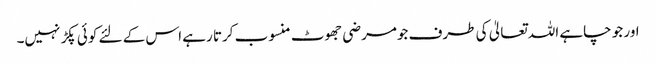
اور جو چاہے اللہ تعالیٰ کی طرف جومرضی جھوٹ منسوب کرتا رہے اس کے لئے کوئی پکڑ نہیں۔